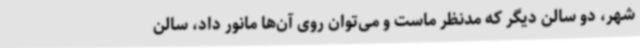
شهر، دو سالن دیگر که مدنظر ماست و می‌توان روی آن‌ها مانور داد، سالن